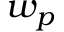
w _ { p }